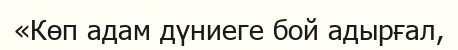
«Көп адам дүниеге бой адырғал,